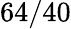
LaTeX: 64/40